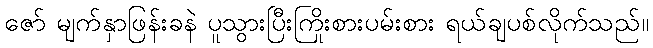
ဇော် မျက်နှာဖြန်းခနဲ ပူသွားပြီးကြိုးစားပမ်းစား ရယ်ချပစ်လိုက်သည်။